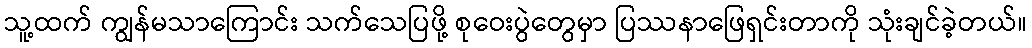
သူ့ထက် ကျွန်မသာကြောင်း သက်သေပြဖို့ စုဝေးပွဲတွေမှာ ပြဿနာဖြေရှင်းတာကို သုံးချင်ခဲ့တယ်။